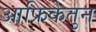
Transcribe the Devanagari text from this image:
आफ्रिकेतुन